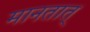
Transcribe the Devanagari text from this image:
मानतात्